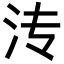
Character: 𬇘